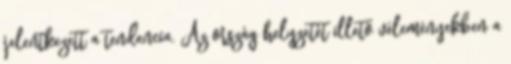
jelentkezett a tendencia. Az ország helyzetét illető véleményekben a